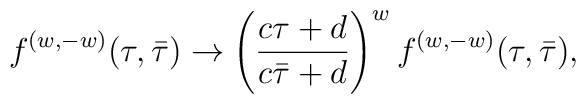
{f^{(w,-w)}(\tau,\bar\tau) \to \left({c\tau + d \over c\bar\tau + d}\right)^w  f^{(w,-w)}(\tau,\bar\tau) ,}